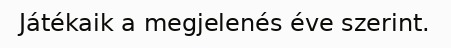
Játékaik a megjelenés éve szerint.